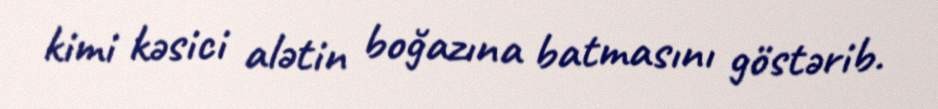
kimi kəsici alətin boğazına batmasını göstərib.